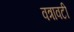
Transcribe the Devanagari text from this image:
वत्रावटी